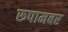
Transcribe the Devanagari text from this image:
रूपामबर